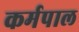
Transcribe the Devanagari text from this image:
कर्मपाल